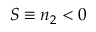
S \equiv n _ { 2 } < 0